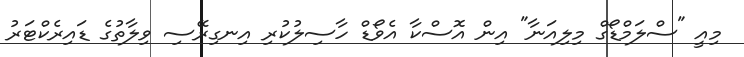
މިއީ "ސްލަމްޑޯގް މިލިއަނާ" އިން އޮސްކާ އެވޯޑް ހާސިލުކުރި އިނގިރޭސި ވިލާތުގެ ޑައިރެކްޓަރު